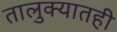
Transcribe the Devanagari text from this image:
तालुक्‍यातही